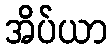
အိပ်ယာ